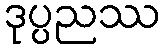
ဒုပ္ပညဿ